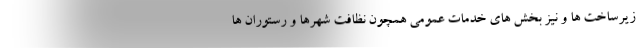
زیرساخت ها و نیز بخش های خدمات عمومی همچون نظافت شهرها و رستوران ها